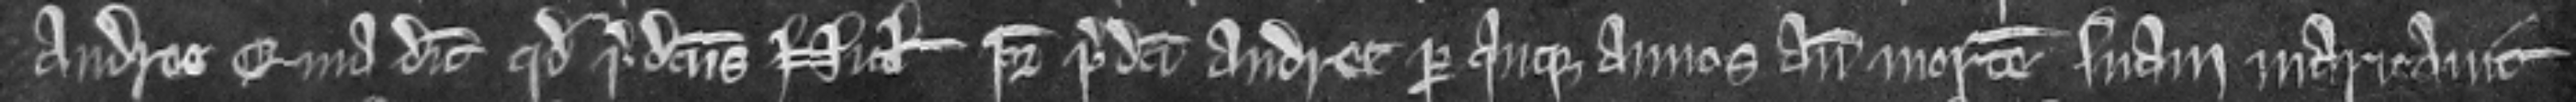
Andree quia dicit quod predictus Nicolaus pater predicti Andree per quinque annos ante mortem suam maritavit